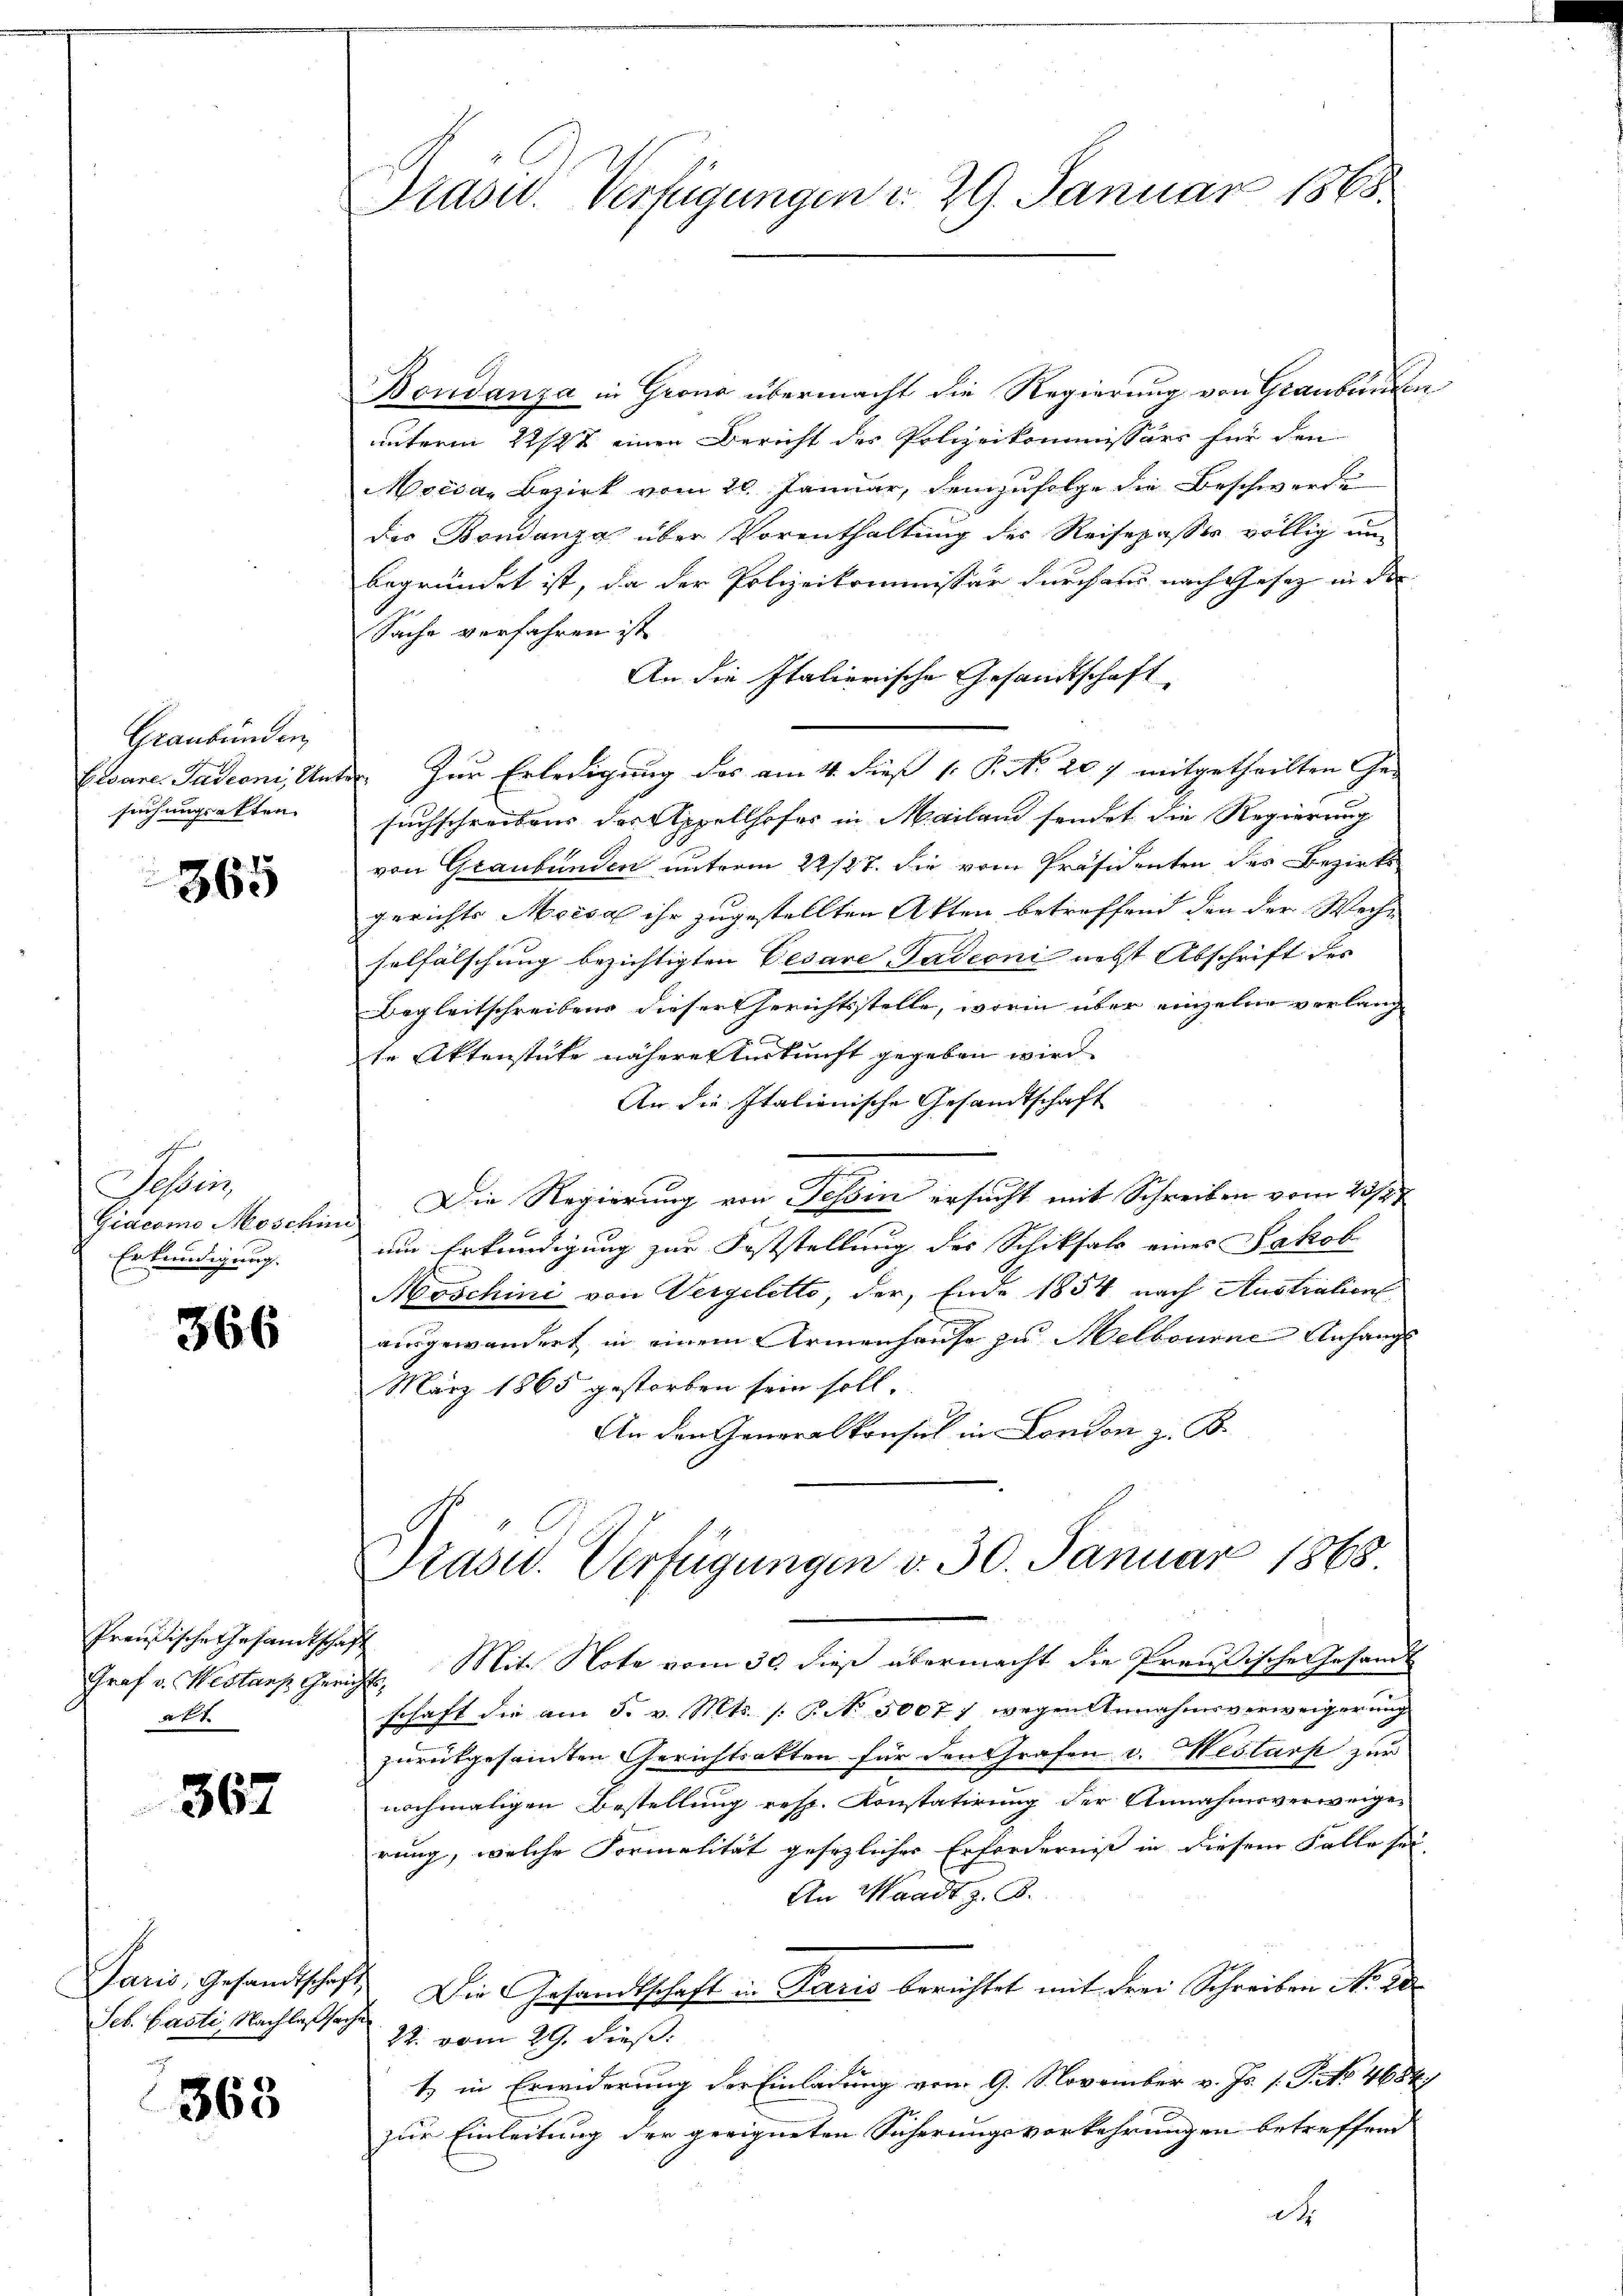
Graubünden,
Cesare. Padeoni, Unsuchungsakten

365

Schri
Giacome Moschini
Erkundigung.

366

Preußische Gesandtschaft
att

367

Paris, Gesandtschaft
Seb. Pasti Nachlaßsache
wach

363

Grasw. Verfügungen d. 29. Januar 1868.

Bondanza in Grona übermacht die Regierung von Graubünden
unterm 22/27 einen Bericht der Polizeikommissärs für den
Moisa Bezirk vom 20. Januar, demzufolge die Beschwerde
des Bondanza über Vorenthaltung des Reisepasses völlig un
begründet ist, da der Polizeikommissär durch aus nach Gesetz in der
Sache verfahren ist
An die Italierische Gesandtschaft
. Zur Erledigung des am 4. dieß 1. P. N. 207 mitgetheilten Ge-
suchschreibens des Appellhofes in Mailand sendet die Regierung
von Graubünden unterm 22/27. Sie vom Präsidenten des Bezirks
gerichts Moisa ihr zugestellten Akten betreffend den der Weche
selfälschung bezichtigten Cesare Gadeoni nebst Abschrift der
Begleitschreibens dieser Gerichtsstelle, worin über einzelne verlange
te Aktenstüke näheretturkunft gegeben wird.
An die Italienische Gesandtschaft
Die Regierung von Tessin ersucht mit Schreiben vom 23/27
um Erkundigung zur Feststellung des Schiksals eines Jakob
Moschini von Vergeletto, der, Ende 1854 nach Australien
ausgewandert, in einem Armenhause zu Melbourne Anfangs
März 1865 gestorben sein soll.
An den Generalkonsul in London z. B.
Präsid. Verfügungen v. 30. Januar 1865.
Graf v. Westanz Gericht. Mit Note vom 30 dieß übermacht die Preußische Gesandt
schaft die am 5. v. Mts. /: No 3007) wegen Annahmsverweigerung
zurükgesamten Gerichtsakten für den Grafen v. Hestark zur
nochmaligen Bestellung resp. Konstatirung der Annahmsverweiger
rung, welche Formalität gesezlicher Erforderniß in diesem Falle sei
An Waadt z. B.
Die Gesandtschaft in Paris berichtet mit drei Schreiben No. 20
22. vom 29. dieß.
1 in Erwiderung der Einladung vom 9. November v. Js. 1. P. Nr. 4684
zur Einleitung der geeigneten Sicherungsverkehrungen betreffend
ch